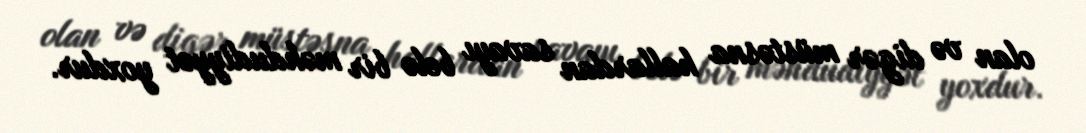
olan və digər müstəsna hallardan savayı belə bir məhdudiyyət yoxdur.